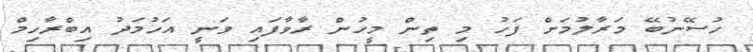
ހުސޭނުބޭ މަރާލުމަށް ފަހު މި ތިން މީހުން ރާވާފައި ވަނީ އަހުމަދު އިބްރާހިމް